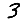
Digit: 3